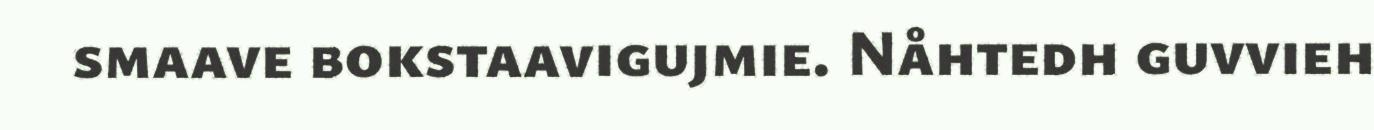
smaave bokstaavigujmie. Nåhtedh guvvieh